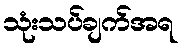
သုံးသပ်ချက်အရ